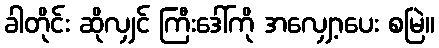
ခါတိုင်း ဆိုလျှင် ကြီးဒေါ်ကို အလျှော့ပေး စမြဲ။